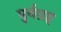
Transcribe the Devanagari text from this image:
पुर्वग्रह